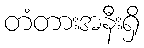
တံတားအနီးရှိ